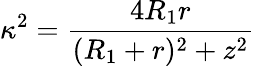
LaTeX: \kappa^{2}=\frac{4R_{1}r}{(R_{1}+r)^{2}+z^{2}}